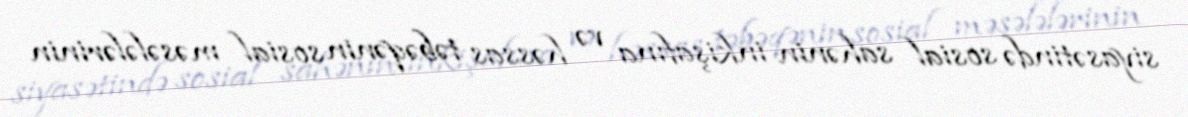
siyasətində sosial sahənin inkişafına və həssas təbəqənin sosial məsələlərinin